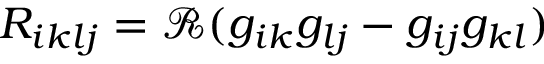
\begin{array} { r } { R _ { i k l j } = \mathcal { R } ( g _ { i k } g _ { l j } - g _ { i j } g _ { k l } ) } \end{array}